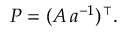
P = ( A \, a ^ { - 1 } ) ^ { \intercal } .